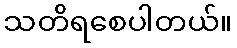
သတိရစေပါတယ်။